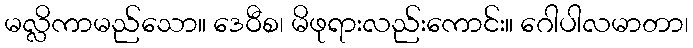
မလ္လိကာမည်သော။ ဒေဝီစ၊ မိဖုရားလည်းကောင်း။ ဂေါပါလမာတာ၊